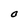
Character: O